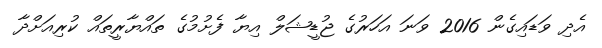
އެދި ވަޑައިގެން 2016 ވަނަ އަހަރުގެ ޖުޑީޝަލް އިޔާ ފެށުމުގެ ތައްޔާރީތައް ކުރިއަށްދާ